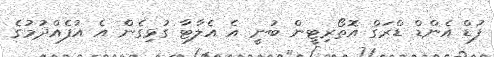
ފުޑް އެންޑް ޑްރަގް އޮތޯރިޓީން ބުނީ އެ އެލާޓާ ގުޅިގެން އެ އުފެއްދުމުގެ